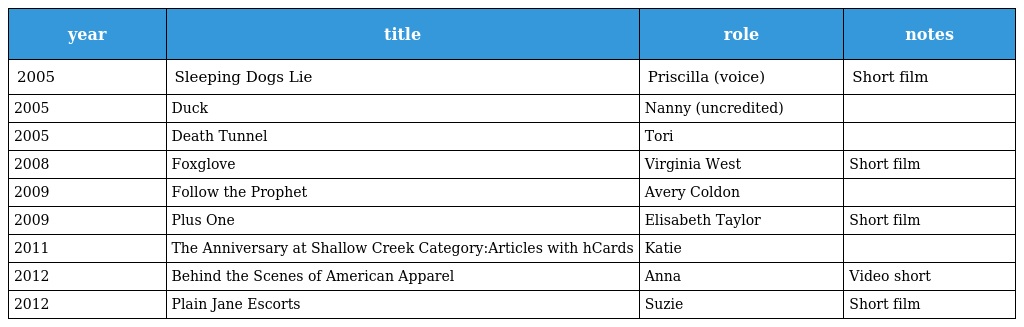
| year | title | role | notes |
 | --- | --- | --- | --- |
 | 2005 | Sleeping Dogs Lie | Priscilla (voice) | Short film |
 | 2005 | Duck | Nanny (uncredited) |  |
 | 2005 | Death Tunnel | Tori |  |
 | 2008 | Foxglove | Virginia West | Short film |
 | 2009 | Follow the Prophet | Avery Coldon |  |
 | 2009 | Plus One | Elisabeth Taylor | Short film |
 | 2011 | The Anniversary at Shallow Creek Category:Articles with hCards | Katie |  |
 | 2012 | Behind the Scenes of American Apparel | Anna | Video short |
 | 2012 | Plain Jane Escorts | Suzie | Short film |